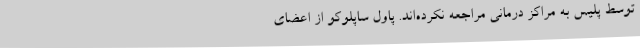
توسط پلیس به مراکز درمانی مراجعه نکرده‌اند. پاول ساپلوکو از اعضای